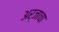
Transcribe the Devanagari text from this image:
अर्जाचा